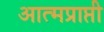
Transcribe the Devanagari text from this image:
आत्मप्राप्ती